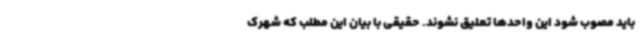
باید مصوب شود این واحدها تعلیق نشوند. حقیقی با بیان این مطلب که شهرک